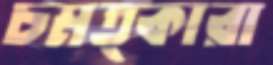
চমত্কারা